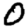
Digit: 0